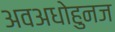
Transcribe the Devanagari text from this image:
अवअधोहुनज